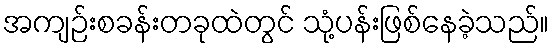
အကျဉ်းစခန်းတခုထဲတွင် သုံ့ပန်းဖြစ်နေခဲ့သည်။